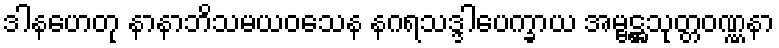
ဒါနဟေတု နာနာဘိသမယဝသေန နဂရသဒ္ဒါပေက္ခာယ အမ္ဗဋ္ဌသုတ္တဝဏ္ဏနာ